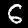
Label: 6